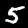
Digit: 5